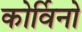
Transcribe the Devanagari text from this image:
कोर्विनो